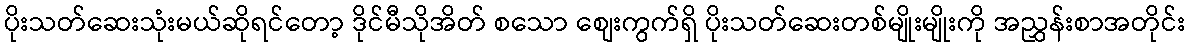
ပိုးသတ်ဆေးသုံးမယ်ဆိုရင်တော့ ဒိုင်မီသိုအိတ် စသော စျေးကွက်ရှိ ပိုးသတ်ဆေးတစ်မျိုးမျိုးကို အညွှန်းစာအတိုင်း